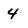
Character: 4